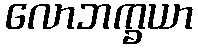
လောဘက္ခယာ